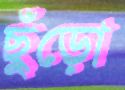
ছুঁড়ো